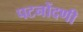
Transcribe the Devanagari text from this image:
पटनोंदणी